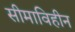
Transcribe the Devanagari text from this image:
सीमाविहीन